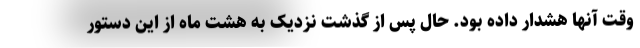
وقت آنها هشدار داده بود. حال پس از گذشت نزدیک به هشت ماه از این دستور